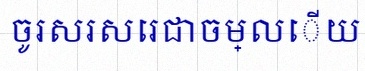
ចូរសរសេរជាចម្លើយ